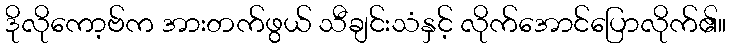
ဒိုလိုကော့ဗ်က အားတက်ဖွယ် သီချင်းသံနှင့် လိုက်အောင်ပြောလိုက်၏။